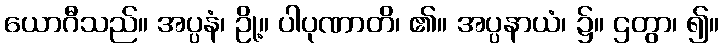
ယောဂီသည်။ အပ္ပနံ၊ ဥို့။ ပါပုဏာတိ၊ ၏။ အပ္ပနာယံ၊ ၌။ ဌတွာ၊ ၍။